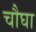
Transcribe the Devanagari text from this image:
चौघा